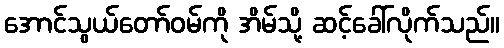
အောင်သွယ်တော်ဝမ်ကို အိမ်သို့ ဆင့်ခေါ်လိုက်သည်။